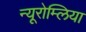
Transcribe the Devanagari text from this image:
न्यूरोम्लिया